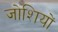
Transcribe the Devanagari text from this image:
जोशियों